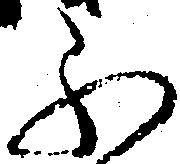
ふ